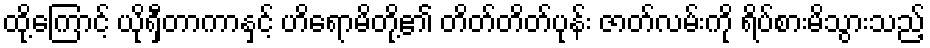
ထို့ကြောင့် ယိုရှီတာကာနှင့် ဟိရောမိတို့၏ တိတ်တိတ်ပုန်း ဇာတ်လမ်းကို ရိပ်စားမိသွားသည့်